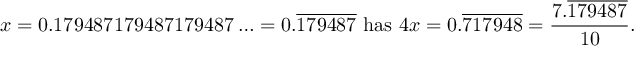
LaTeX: x = 0 . 1 7 9 4 8 7 1 7 9 4 8 7 1 7 9 4 8 7 \ldots = 0 . { \overline { { 1 7 9 4 8 7 } } } { \mathrm { ~ h a s ~ } } 4 x = 0 . { \overline { { 7 1 7 9 4 8 } } } = { \frac { 7 . { \overline { { 1 7 9 4 8 7 } } } } { 1 0 } } .